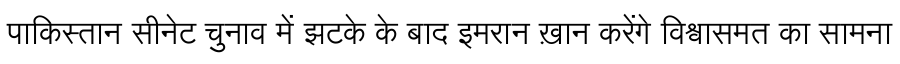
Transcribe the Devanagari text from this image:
पाकिस्तान सीनेट चुनाव में झटके के बाद इमरान ख़ान करेंगे विश्वासमत का सामना